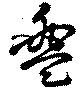
盥